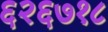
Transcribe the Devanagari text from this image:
६२६७१८